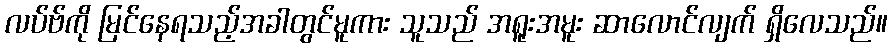
လပ်ဗ်ကို မြင်နေရသည့်အခါတွင်မူကား သူသည် အရူးအမူး ဆာလောင်လျက် ရှိလေသည်။